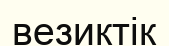
везиктік